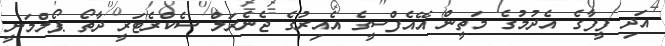
އަދި ފީފާގެ އެދުމުގެ މަތީން އޭއެފްސީގެ އެއިރުގެ ޖެނެރަލް ސެކްރެޓަރީ ދާތޯ ޕޯލްމަނީ